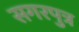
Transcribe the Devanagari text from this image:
सगरपुत्र